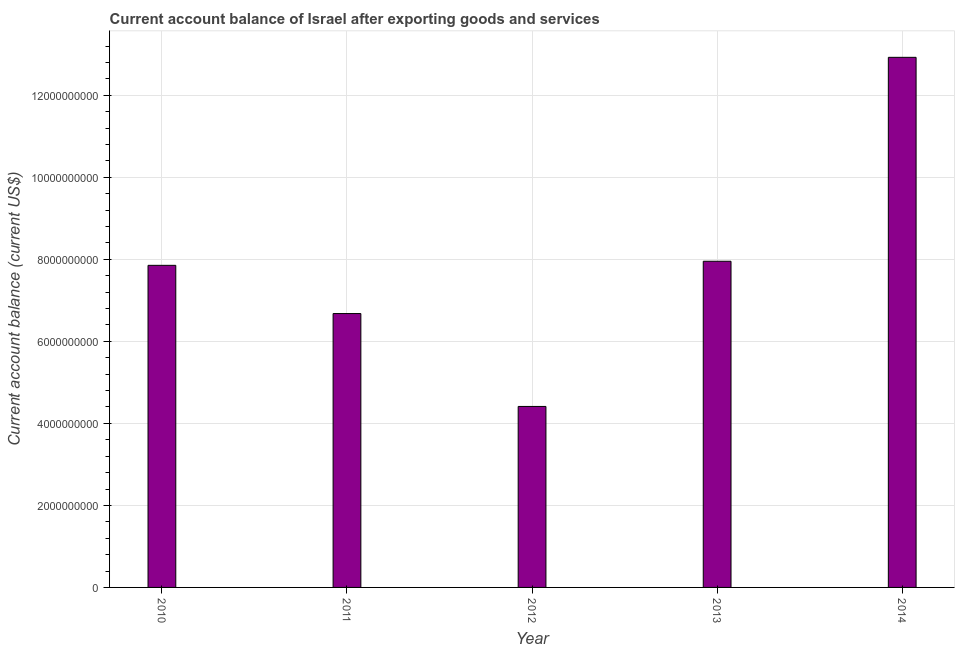
| Year | Current account balance |
 | --- | --- |
 | 2010 | 7.85e+09 |
 | 2011 | 6.68e+09 |
 | 2012 | 4.41e+09 |
 | 2013 | 7.95e+09 |
 | 2014 | 1.29e+10 |